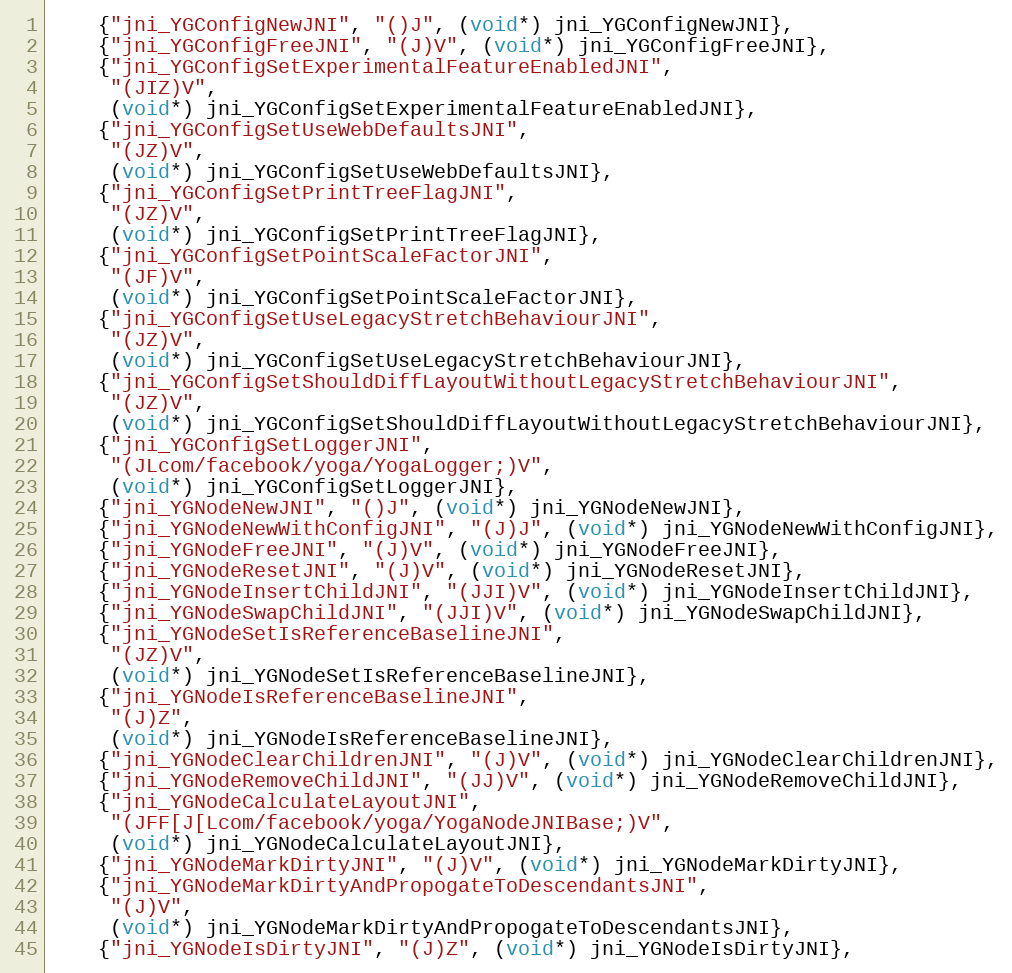
Language: C++
    {"jni_YGConfigNewJNI", "()J", (void*) jni_YGConfigNewJNI},
    {"jni_YGConfigFreeJNI", "(J)V", (void*) jni_YGConfigFreeJNI},
    {"jni_YGConfigSetExperimentalFeatureEnabledJNI",
     "(JIZ)V",
     (void*) jni_YGConfigSetExperimentalFeatureEnabledJNI},
    {"jni_YGConfigSetUseWebDefaultsJNI",
     "(JZ)V",
     (void*) jni_YGConfigSetUseWebDefaultsJNI},
    {"jni_YGConfigSetPrintTreeFlagJNI",
     "(JZ)V",
     (void*) jni_YGConfigSetPrintTreeFlagJNI},
    {"jni_YGConfigSetPointScaleFactorJNI",
     "(JF)V",
     (void*) jni_YGConfigSetPointScaleFactorJNI},
    {"jni_YGConfigSetUseLegacyStretchBehaviourJNI",
     "(JZ)V",
     (void*) jni_YGConfigSetUseLegacyStretchBehaviourJNI},
    {"jni_YGConfigSetShouldDiffLayoutWithoutLegacyStretchBehaviourJNI",
     "(JZ)V",
     (void*) jni_YGConfigSetShouldDiffLayoutWithoutLegacyStretchBehaviourJNI},
    {"jni_YGConfigSetLoggerJNI",
     "(JLcom/facebook/yoga/YogaLogger;)V",
     (void*) jni_YGConfigSetLoggerJNI},
    {"jni_YGNodeNewJNI", "()J", (void*) jni_YGNodeNewJNI},
    {"jni_YGNodeNewWithConfigJNI", "(J)J", (void*) jni_YGNodeNewWithConfigJNI},
    {"jni_YGNodeFreeJNI", "(J)V", (void*) jni_YGNodeFreeJNI},
    {"jni_YGNodeResetJNI", "(J)V", (void*) jni_YGNodeResetJNI},
    {"jni_YGNodeInsertChildJNI", "(JJI)V", (void*) jni_YGNodeInsertChildJNI},
    {"jni_YGNodeSwapChildJNI", "(JJI)V", (void*) jni_YGNodeSwapChildJNI},
    {"jni_YGNodeSetIsReferenceBaselineJNI",
     "(JZ)V",
     (void*) jni_YGNodeSetIsReferenceBaselineJNI},
    {"jni_YGNodeIsReferenceBaselineJNI",
     "(J)Z",
     (void*) jni_YGNodeIsReferenceBaselineJNI},
    {"jni_YGNodeClearChildrenJNI", "(J)V", (void*) jni_YGNodeClearChildrenJNI},
    {"jni_YGNodeRemoveChildJNI", "(JJ)V", (void*) jni_YGNodeRemoveChildJNI},
    {"jni_YGNodeCalculateLayoutJNI",
     "(JFF[J[Lcom/facebook/yoga/YogaNodeJNIBase;)V",
     (void*) jni_YGNodeCalculateLayoutJNI},
    {"jni_YGNodeMarkDirtyJNI", "(J)V", (void*) jni_YGNodeMarkDirtyJNI},
    {"jni_YGNodeMarkDirtyAndPropogateToDescendantsJNI",
     "(J)V",
     (void*) jni_YGNodeMarkDirtyAndPropogateToDescendantsJNI},
    {"jni_YGNodeIsDirtyJNI", "(J)Z", (void*) jni_YGNodeIsDirtyJNI},